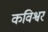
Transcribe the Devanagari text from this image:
कविश्वर